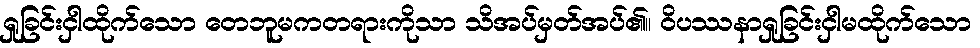
ရှုခြင်းငှါထိုက်သော တေဘူမကတရားကိုသာ သိအပ်မှတ်အပ်၏။ ဝိပဿနာရှုခြင်းငှါမထိုက်သော